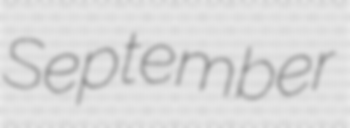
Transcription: September